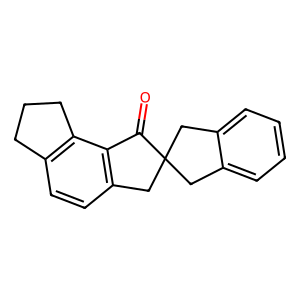
SMILES: O=C1c2c(ccc3c2CCC3)CC12Cc1ccccc1C2
Inhibits HIV replication: No